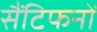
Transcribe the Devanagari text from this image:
सैंटिफनों